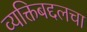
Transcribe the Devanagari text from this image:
व्यक्तिबद्दलचा